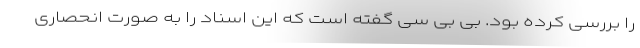
را بررسی کرده بود. بی بی سی گفته است که این اسناد را به صورت انحصاری